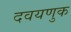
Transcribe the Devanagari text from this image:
दवयणुक